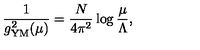
\frac { 1 } { g _ { \mathrm { Y M } } ^ { 2 } ( \mu ) } = \frac { N } { 4 \pi ^ { 2 } } \log \frac { \mu } { \Lambda } ,